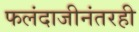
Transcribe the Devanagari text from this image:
फलंदाजीनंतरही